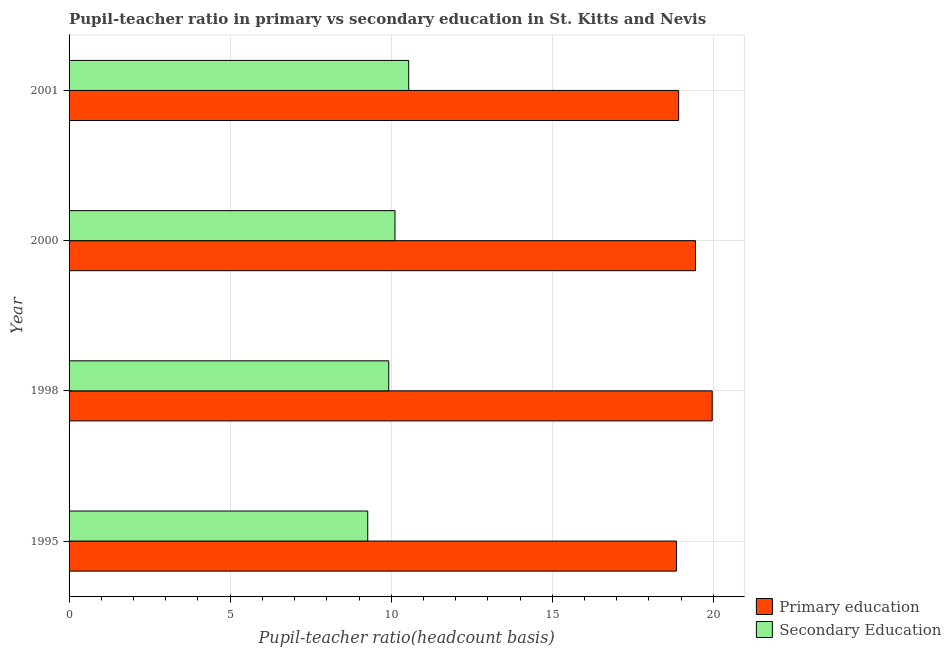
| Year | Primary education | Secondary Education |
 | --- | --- | --- |
 | 1995 | 18.9 | 9.27 |
 | 1998 | 20 | 9.92 |
 | 2000 | 19.4 | 10.1 |
 | 2001 | 18.9 | 10.5 |